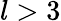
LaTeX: l>3